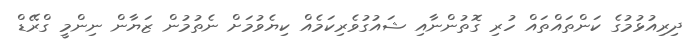
ދިރިއުޅުމުގެ ކަންތައްތައް ހުރި ގޮތުންނާއި ޝައުގުވެރިކަމެއް ކިޔެވުމަށް ނެތުމުން ޒަޔާން ނިންމީ ގްރޭޑް